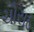
ચૌસઠ